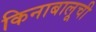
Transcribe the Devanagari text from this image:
किनाबालूची